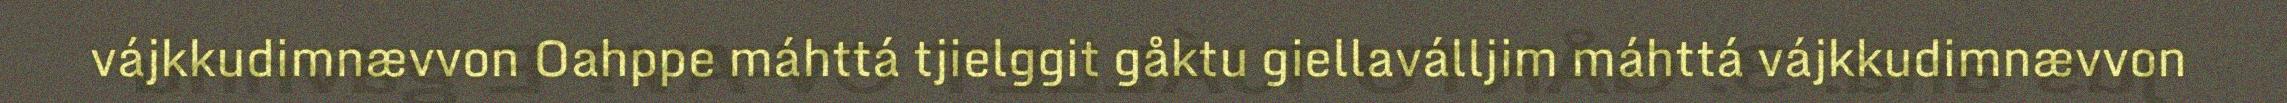
vájkkudimnævvon Oahppe máhttá tjielggit gåktu giellaválljim máhttá vájkkudimnævvon